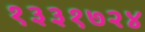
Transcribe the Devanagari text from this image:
१३३१७२४